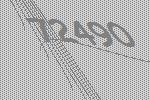
72490